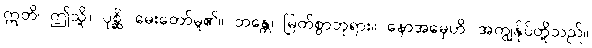
ဣတိ၊ ဤသို့။ ပုစ္ဆိ၊ မေးတော်မူ၏။ ဘန္တေ၊ မြတ်စွာဘုရား။ နောအမှေဟိ၊ အကျွန်ုပ်တို့သည်။